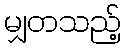
မျှတသည့်